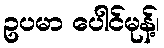
ဥပမာ ပေါင်မုန့်၊